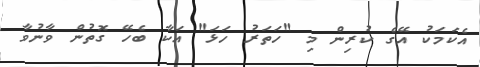
އެކަމަކު އޭގެ ކުރިން މި "ހަތަރު ހަޅަ" އަކާ ބެހޭ ގޮތުން ވާނުވާ